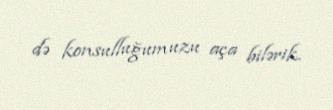
də konsulluğumuzu aça bilərik.